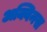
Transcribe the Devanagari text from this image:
अक्विनस